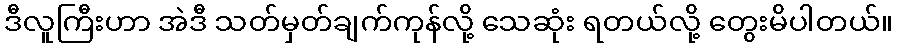
ဒီလူကြီးဟာ အဲဒီ သတ်မှတ်ချက်ကုန်လို့ သေဆုံး ရတယ်လို့ တွေးမိပါတယ်။